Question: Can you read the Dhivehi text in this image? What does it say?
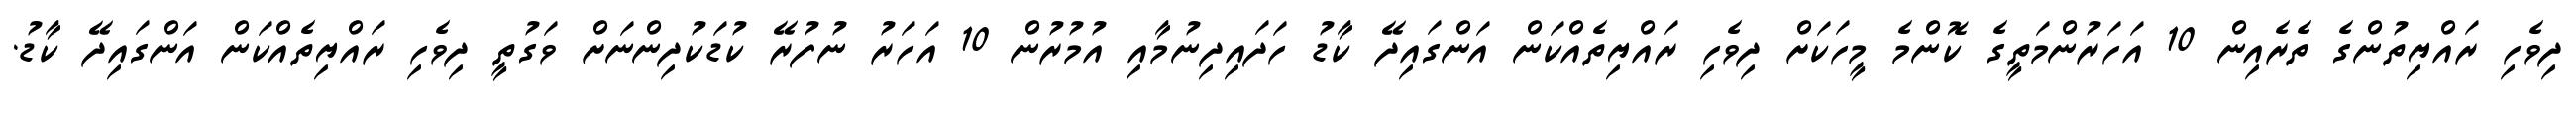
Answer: ދިވެހި ރައްޔިތުންގެ ތެރެއިން 10 އަހަރުންމަތީގެ ކޮންމެ މީހަކަށް ދިވެހި ރައްޔިތެއްކަން އަންގައިދޭ ކާޑު ހަދައިދިނުމާއި އުމުރުން 10 އަހަރު ނުފުރޭ ކުޑަކުދިންނަށް ވަގުތީ ދިވެހި ރައްޔިތެއްކަން އަންގައިދޭ ކާޑު.